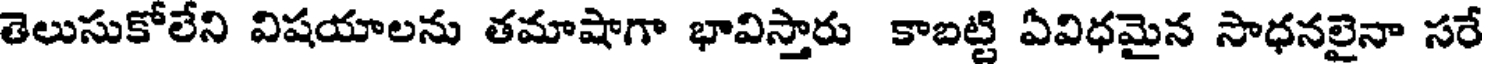
తెలుసుకోలేని విషయాలను తమాషాగా భావిస్తారు కాబట్టి ఏవిధమైన సాధనలైనా సరే